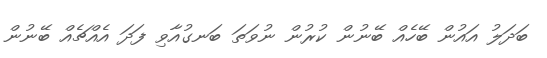
ބަދަލު އައުން ބޭހެއް ބޭނުން ކުރުން ނުވަތަ ބަނގުއާވި ފަދަ އެއްޗެއް ބޭނުން